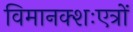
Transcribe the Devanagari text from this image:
विमानक्शःएत्रों